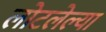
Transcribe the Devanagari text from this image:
लोटलेल्या